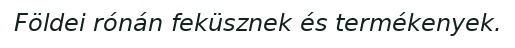
Földei rónán feküsznek és termékenyek.